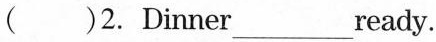
( )2. Dinner___ready.